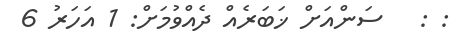
: :   ސަންއަށް ޚަބަރެއް ދެއްވުމަށް: 1 އަހަރު 6